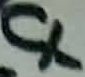
Text: C1